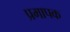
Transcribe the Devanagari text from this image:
प्रमापक